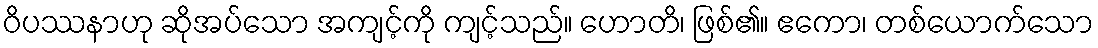
ဝိပဿနာဟု ဆိုအပ်သော အကျင့်ကို ကျင့်သည်။ ဟောတိ၊ ဖြစ်၏။ ဧကော၊ တစ်ယောက်သော